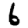
Digit: 6